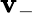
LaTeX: \mathbf{v}_{-}